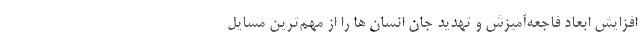
افزایش ابعاد فاجعه‌آمیزش و تهدید جان انسان ها را از مهم‌ترین مسایل